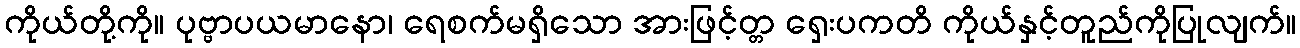
ကိုယ်တို့ကို။ ပုဗ္ဗာပယမာနော၊ ရေစက်မရှိသော အားဖြင့်တ္တ ရှေးပကတိ ကိုယ်နှင့်တူည်ကိုပြုလျက်။